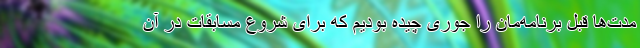
مدت‌ها قبل برنامه‌مان را جوری چیده بودیم که برای شروع مسابقات در آن